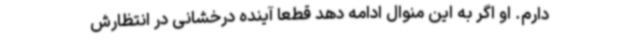
دارم. او اگر به این منوال ادامه دهد قطعا آینده درخشانی در انتظارش